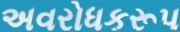
અવરોધકરૂપ